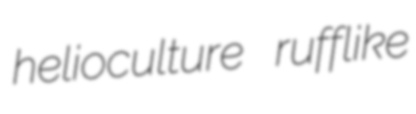
helioculture rufflike